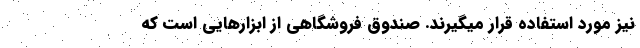
نیز مورد استفاده قرار میگیرند. صندوق فروشگاهی از ابزارهايی است که